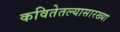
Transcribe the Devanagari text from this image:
कवितेतल्यासारख्या